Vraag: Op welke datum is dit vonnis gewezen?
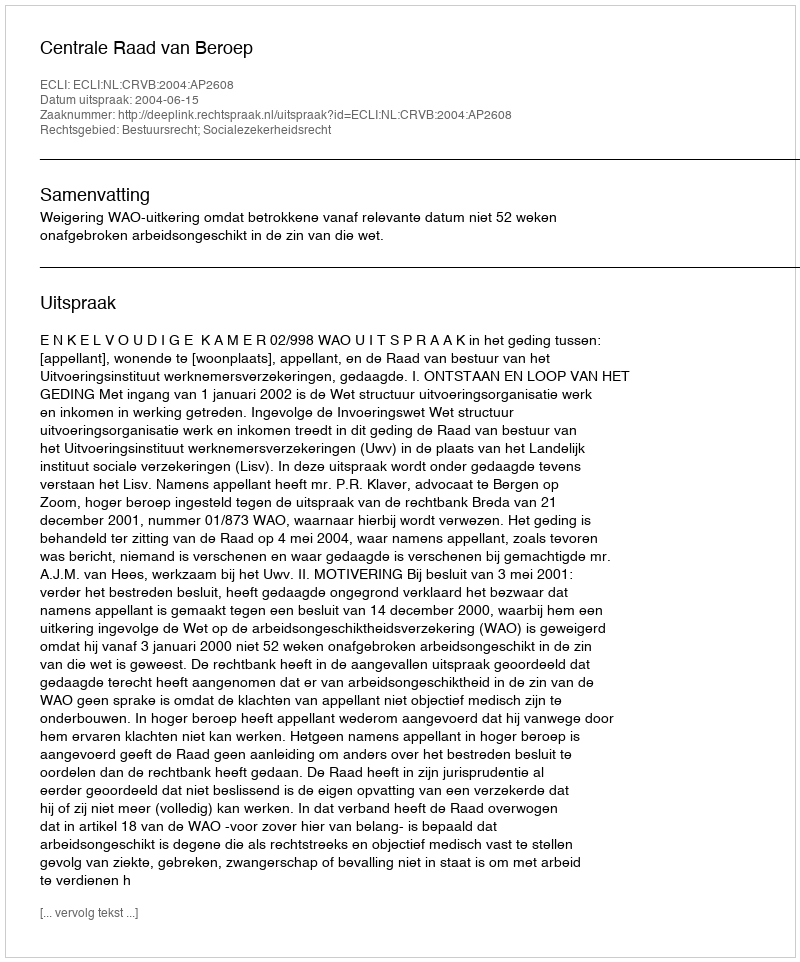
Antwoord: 2004-06-15